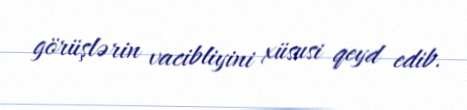
görüşlərin vacibliyini xüsusi qeyd edib.